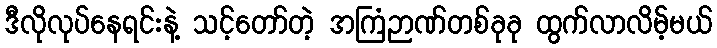
ဒီလိုလုပ်နေရင်းနဲ့ သင့်တော်တဲ့ အကြံဉာဏ်တစ်ခုခု ထွက်လာလိမ့်မယ်